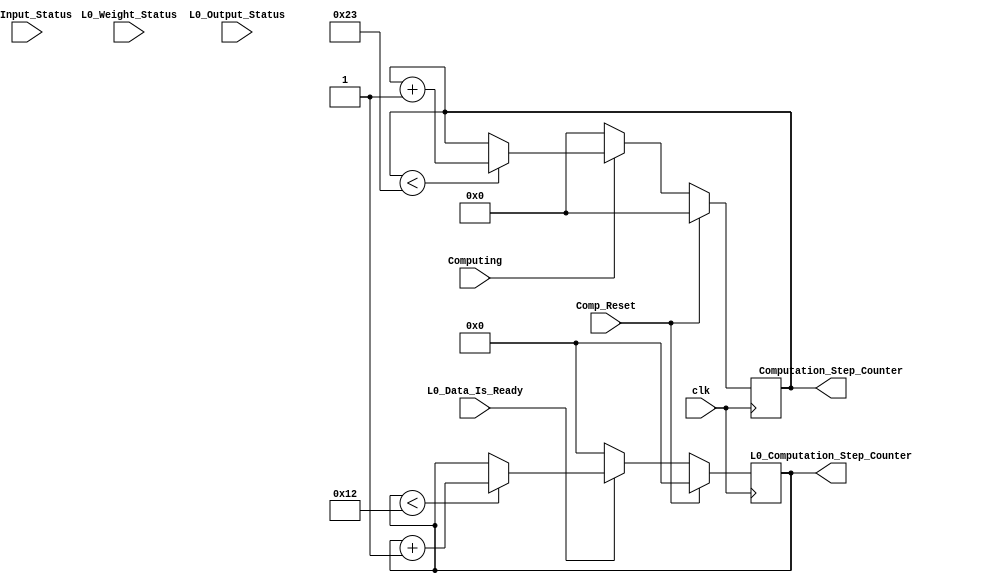
module Computation_Steps_Counter
	#(
		parameter Nums_Pipeline_Stages = 4,
		parameter Pipeline_Tail = Nums_Pipeline_Stages - 1,
		parameter Weight_Nums = 4,
		parameter Output_Nums = 8,
		parameter Input_Nums = Output_Nums - Weight_Nums + 1,
		parameter Total_Computation_Steps_in_bits = 6,
		parameter Total_Computation_Steps = Weight_Nums * Output_Nums + Pipeline_Tail,
		parameter L0_Weight_Nums = 2,
		parameter L0_Input_Nums = 8,
		parameter L0_Output_Nums =  8,
		parameter L0_Computation_Steps_in_bits = 5,
		parameter L0_Computation_Steps = L0_Weight_Nums * L0_Output_Nums + Pipeline_Tail
	)
	(clk, Comp_Reset, Computing,
	L0_Weight_Status, L0_Input_Status, L0_Output_Status, L0_Data_Is_Ready,
	Computation_Step_Counter, L0_Computation_Step_Counter);
	
	input clk, Comp_Reset, Computing;
	input [1:0] L0_Weight_Status, L0_Input_Status, L0_Output_Status;
	input L0_Data_Is_Ready;

	output reg [Total_Computation_Steps_in_bits:0] Computation_Step_Counter;
	output reg [L0_Computation_Steps_in_bits:0] L0_Computation_Step_Counter;
		
		always@(posedge clk) begin
			if(Comp_Reset) begin
				Computation_Step_Counter <= 0;
			end
			else if(Computing) begin
				if (Computation_Step_Counter < Total_Computation_Steps) begin
					//Computation_Step_Counter <= Computation_Step_Counter + Para_Deg;
					Computation_Step_Counter <= Computation_Step_Counter + 1;
				end
				else begin
					Computation_Step_Counter <= Computation_Step_Counter;
				end
			end
			else begin
				Computation_Step_Counter <= 0;
			end

			if(Comp_Reset) begin
				L0_Computation_Step_Counter <= 0;
			end
			else if(L0_Data_Is_Ready) begin
				if(L0_Computation_Step_Counter < L0_Computation_Steps - 1) begin
					L0_Computation_Step_Counter <= L0_Computation_Step_Counter + 1;
				end
				else begin
					L0_Computation_Step_Counter <= L0_Computation_Step_Counter;
				end
			end
			else begin
				L0_Computation_Step_Counter <= 0;
			end
		end
endmodule